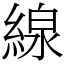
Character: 線